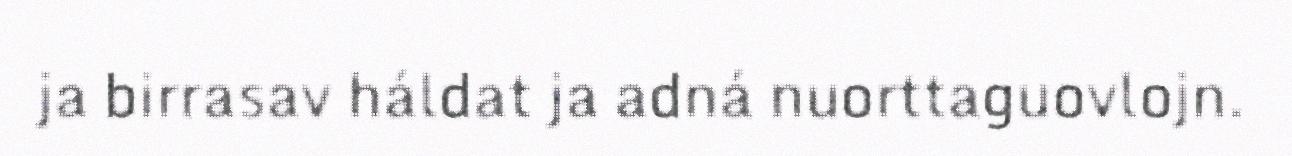
ja birrasav háldat ja adná nuorttaguovlojn.